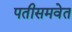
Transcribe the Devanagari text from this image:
पतीसमवेत